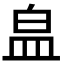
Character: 𭽾